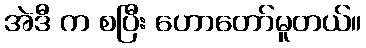
အဲဒီ က စပြီး ဟောတော်မူတယ်။